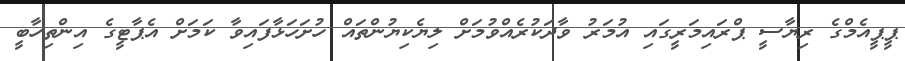
ޕީޕީއެމްގެ ރިޔާސީ ޕްރައިމަރީގައި އުމަރު ވާދަކުރެއްވުމަށް ލިޔެކިޔުންތައް ހުށަހަޅާފައިވާ ކަމަށް އެޕާޓީގެ އިންތިހާބީ